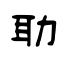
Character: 聈